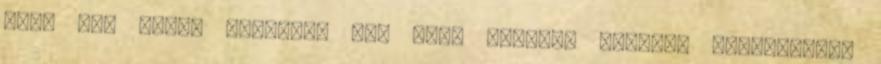
volt egy olyan lázálmom is, hogy vegyész leszek. Szerencsére